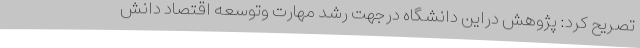
تصریح کرد: پژوهش دراین دانشگاه درجهت رشد مهارت وتوسعه اقتصاد دانش